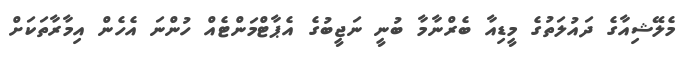
މެލޭޝިއާގެ ދައުލަތުގެ މީޑިއާ ބެރްނާމާ ބުނީ ނަޖީބުގެ އެޕާޓްމަންޓެއް ހުންނަ އެހެން އިމާރާތަކަށް